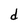
Character: d